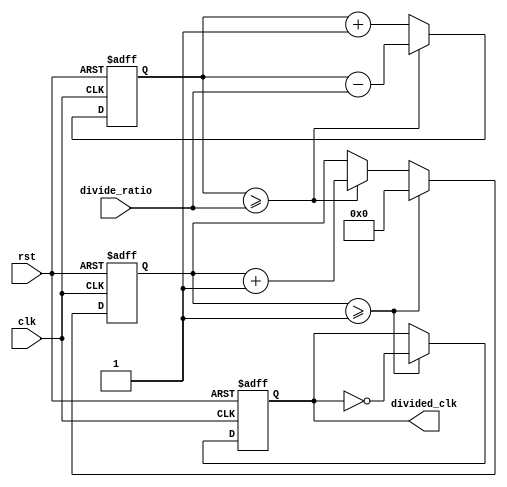
module floating_point_clock_divider (
    input wire clk,
    input wire rst,
    input wire [31:0] divide_ratio,
    output wire divided_clk
);

reg [31:0] count;
reg [31:0] counter;
reg divided_clk_reg;

initial begin
    count = 32'b0;
    counter = 32'b0;
    divided_clk_reg = 1'b0;
end

always @(posedge clk or posedge rst) begin
    if (rst) begin
        count <= 32'b0;
        counter <= 32'b0;
        divided_clk_reg <= 1'b0;
    end else begin
        count <= count + 32'b1;
        if (count >= divide_ratio) begin
            count <= count - divide_ratio;
            counter <= counter + 32'b1;
        end
        if (counter >= 32'b1) begin
            counter <= 32'b0;
            divided_clk_reg <= ~divided_clk_reg;
        end
    end
end

assign divided_clk = divided_clk_reg;

endmodule